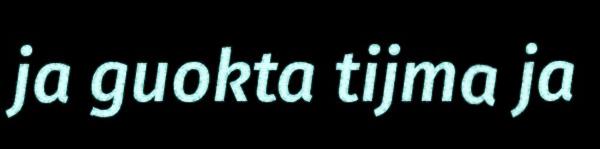
ja guokta tijma ja